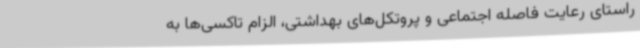
راستای رعایت فاصله اجتماعی و پروتکل‌های بهداشتی، الزام تاکسی‌ها به